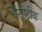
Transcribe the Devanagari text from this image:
वैराष्ट्रीक